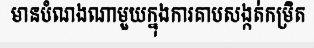
មានបំណងណាមួយក្នុងការគាបសង្កត់កម្រិត